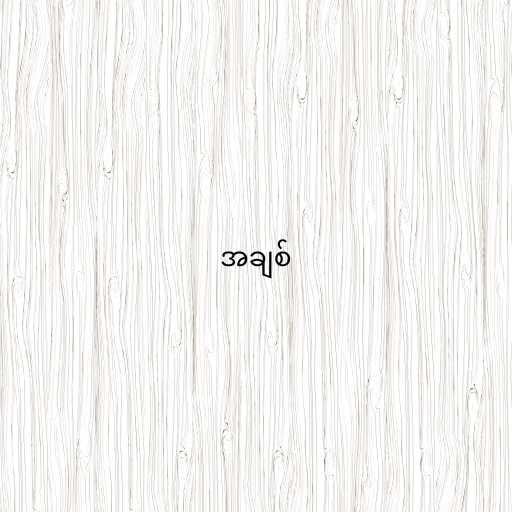
အချစ်